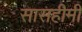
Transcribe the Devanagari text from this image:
सासहीमी